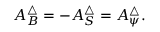
A _ { B } ^ { \triangle } = - A _ { S } ^ { \triangle } = A _ { \psi } ^ { \triangle } .